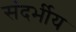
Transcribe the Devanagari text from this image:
संदर्भीय